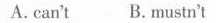
A.can't B.mustn't